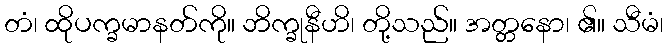
တံ၊ ထိုပက္ခမာနတ်ကို။ ဘိက္ခုနီဟိ၊ တို့သည်။ အတ္တနော၊ ၏။ သီမံ၊